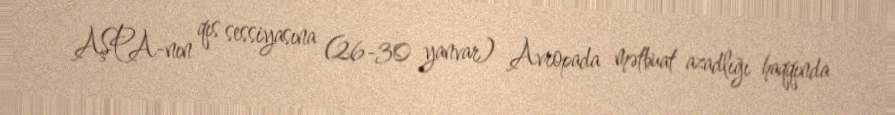
AŞPA-nın qıs sessiyasına (26-30 yanvar) Avropada mətbuat azadlığı haqqında